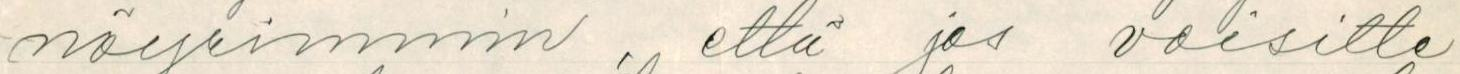
nöyrimmin, että jos voisitte